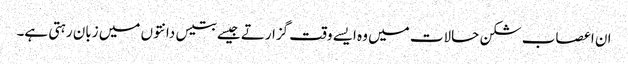
ان اعصاب شکن حالات میں وہ ایسے وقت گزارتے جیسے بتیس دانتوں میں زبان رہتی ہے۔